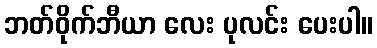
ဘတ်ဝိုက်ဘီယာ လေး ပုလင်း ပေးပါ။